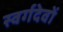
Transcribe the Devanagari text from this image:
स्वर्गदेवों